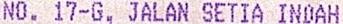
NO. 17-G, JALAN SETIA INDAH